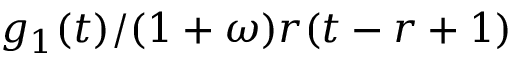
g _ { 1 } ( t ) / ( 1 + \omega ) r ( t - r + 1 )